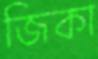
জিকা